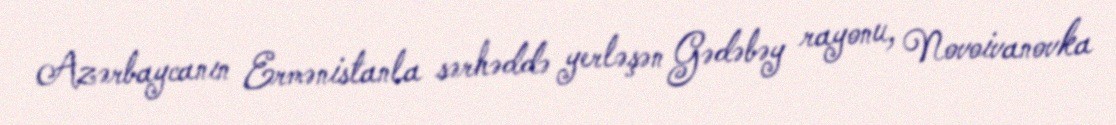
Azərbaycanın Ermənistanla sərhəddə yerləşən Gədəbəy rayonu, Novoivanovka